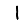
Digit: 1